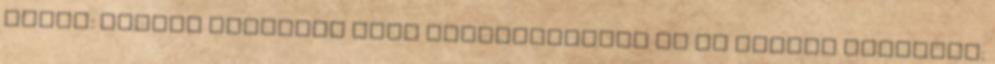
alatt: Reloop Concorde VIBE Bemutatkoznak az új MIXARS eszközök: